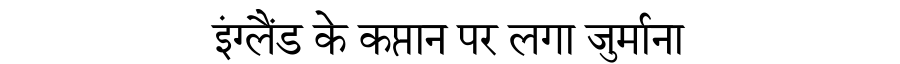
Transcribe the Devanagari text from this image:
इंग्लैंड के कप्तान पर लगा जुर्माना